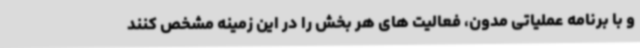
و با برنامه عملیاتی مدون، فعالیت های هر بخش را در این زمینه مشخص کنند